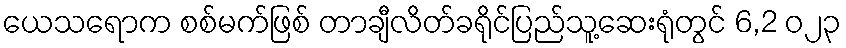
ယေသရောက စစ်မက်ဖြစ် တာချီလိတ်ခရိုင်ပြည်သူ့ဆေးရုံတွင် 6,2 ၀၂၃